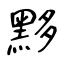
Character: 黟